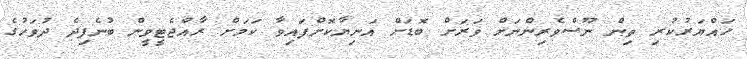
ހައްޔަރުކުރި ތިން ނޫސްވެރިންނަށް ވަރަށް ބޮޑަށް އަނިޔާކޮށްފައިވާ ކަމަށް ރާއްޖެޓީވީން ބުނެފިދެ ދުވަހުުގެ